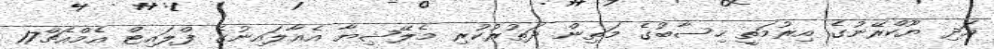
އަދި ޔޫކްރޭނުގެ އިރުމަތީ ހިސާބުގެ މަތިން ދަތުރުކުރި މެލޭޝިޔާ އެެއާލައިނުގެ ފްލައިޓް އެމްއެޗް17